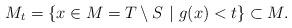
LaTeX: \begin{align*} M_t= \{ x \in M=T \setminus S \ | \ g(x)<t \} \subset M. \end{align*}